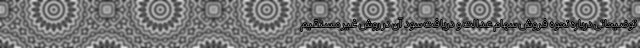
توضیحاتی درباره نحوه فروش سهام عدالت و دریافت سود آن در روش غیرمستقیم